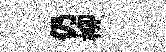
仍柳